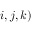
i , j , k )